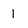
Character: 1